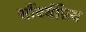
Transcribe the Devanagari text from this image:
सौंदर्यप्रिय